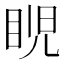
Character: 𥆩